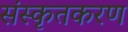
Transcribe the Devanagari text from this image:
संस्कृतकरण